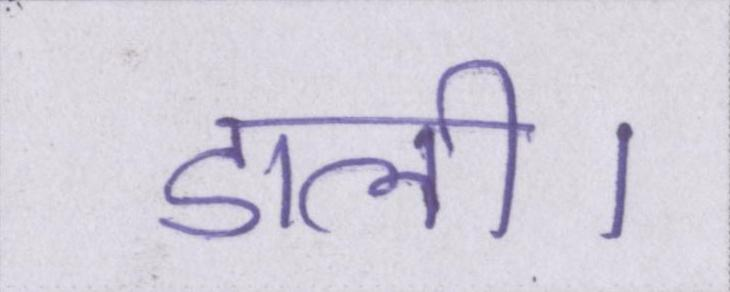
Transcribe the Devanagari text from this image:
डाली।